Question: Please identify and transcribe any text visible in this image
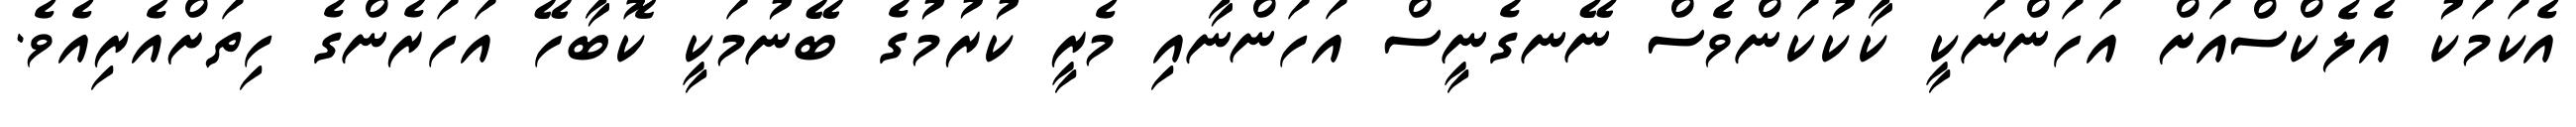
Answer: އެކަމަކު އެލެކްސްއަށް އަހަންނަކީ ކާކުކަންވެސް ނޭނގެނީސް އަހަންނާއި މެރީ ކުރުމުގެ ބޭނުމަކީ ކޮބާހޭ އަހަރެންގެ ހިތަށްއެރިއެވެ.